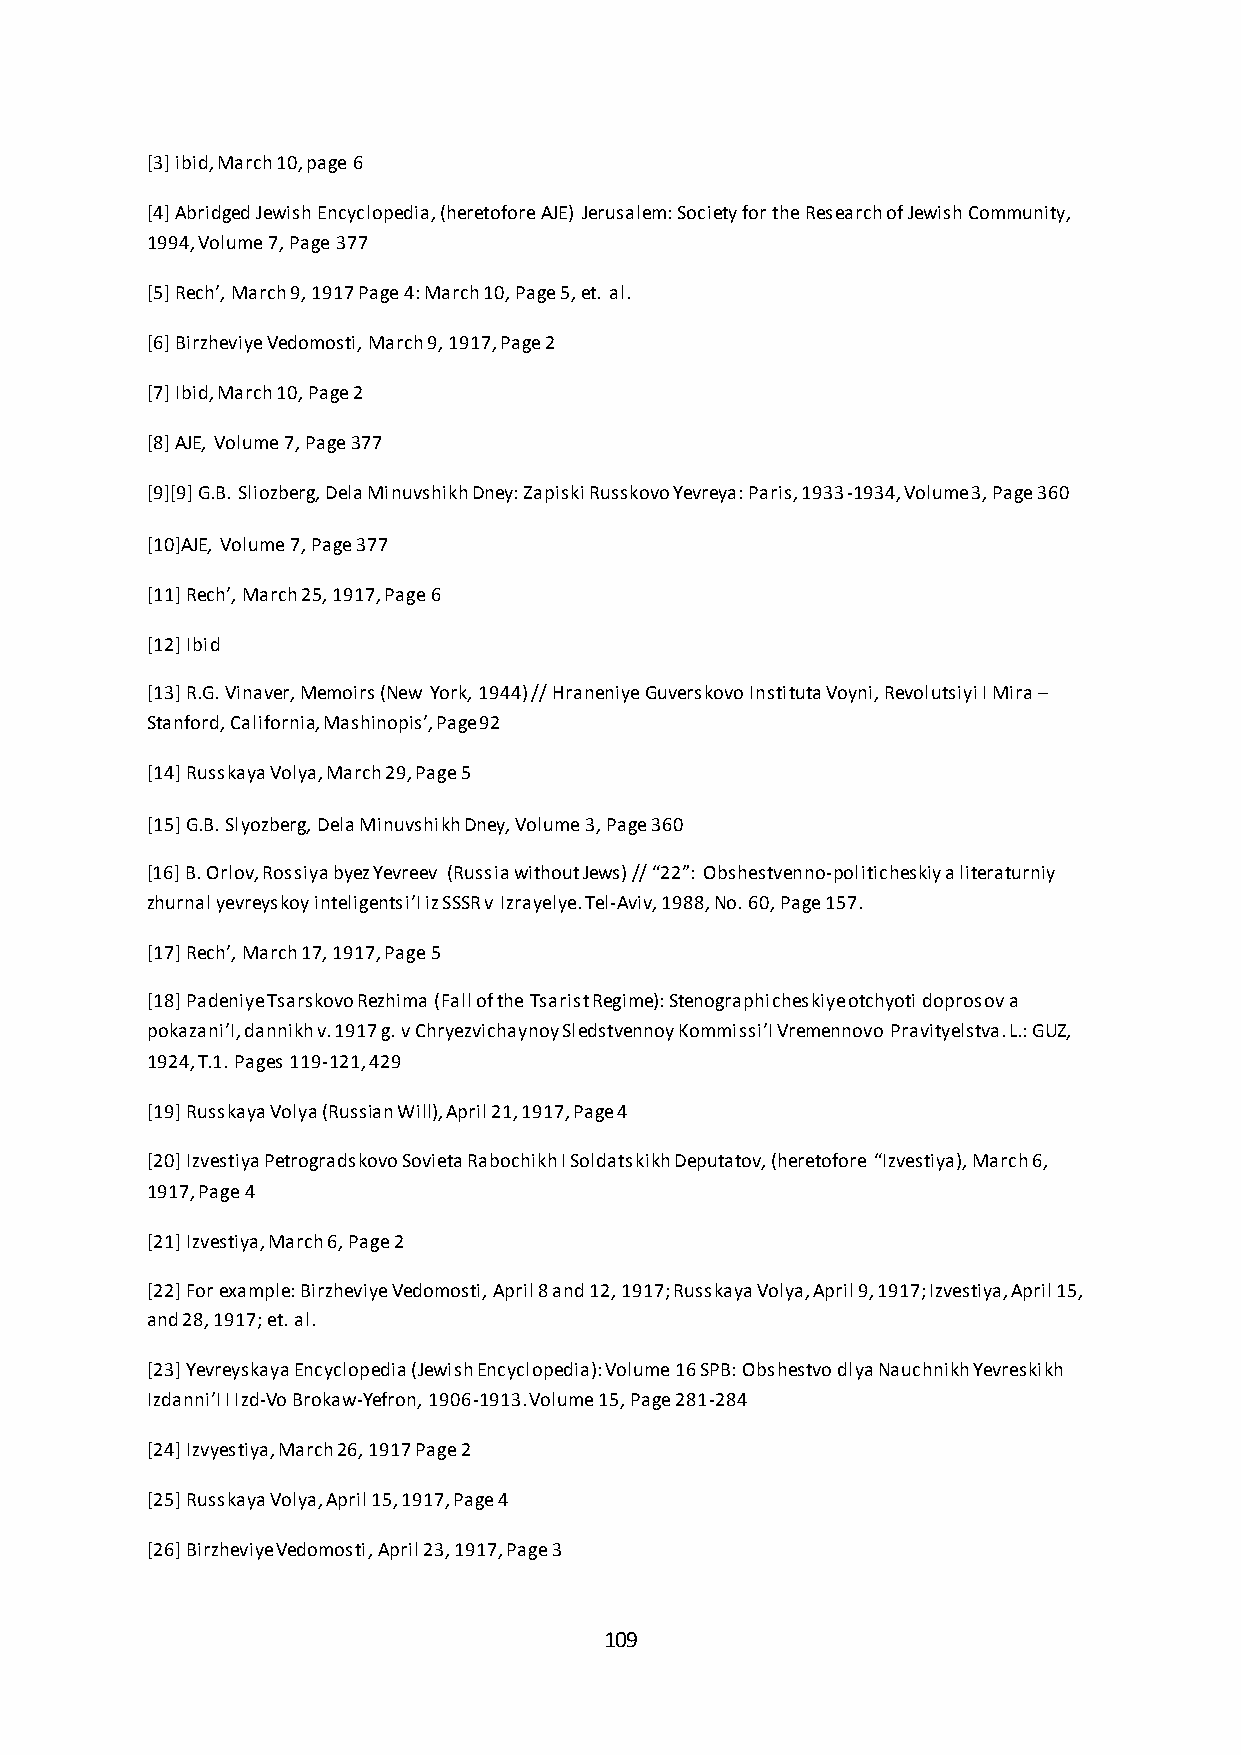
[3] ibid, March 10, page 6
 [4] Abridged Jewish Encyclopedia, (heretofore AJE) Jerusalem: Society for the Research of Jewish Community,
 1994, Volume 7, Page 377
 *5+ Rech’, March 9, 1917 Page 4: March 10, Page 5, et. al.
 [6] Birzheviye Vedomosti, March 9, 1917, Page 2
 [7] Ibid, March 10, Page 2
 [8] AJE, Volume 7, Page 377
 [9][9] G.B. Sliozberg, Dela Minuvshikh Dney: Zapiski Russkovo Yevreya: Paris, 1933-1934, Volume 3, Page 360
 [10]AJE, Volume 7, Page 377
 *11+ Rech’, March 25, 1917, Page 6
 [12] Ibid
 [13] R.G. Vinaver, Memoirs (New York, 1944) // Hraneniye Guverskovo Instituta Voyni, Revolutsiyi I Mira –
 Stanford, California, Mashinopis’, Page 92
 [14] Russkaya Volya, March 29, Page 5
 [15] G.B. Slyozberg, Dela Minuvshikh Dney, Volume 3, Page 360
 *16+ B. Orlov, Rossiya byez Yevreev (Russia without Jews) // “22”: Obshestvenno-politicheskiy a literaturniy
 zhurnal yevreyskoy inteligentsi’I iz SSSR v Izrayelye. Tel-Aviv, 1988, No. 60, Page 157.
 *17+ Rech’, March 17, 1917, Page 5
 [18] Padeniye Tsarskovo Rezhima (Fall of the Tsarist Regime): Stenographicheskiye otchyoti doprosov a
 pokazani’I, dannikh v. 1917 g. v Chryezvichaynoy Sledstvennoy Kommissi’I Vremennovo Pravityelstva. L.: GUZ,
 1924, T.1. Pages 119-121, 429
 [19] Russkaya Volya (Russian Will), April 21, 1917, Page 4
 [20] Izvestiya Petrogradskovo Sovieta Rabochikh I Soldatskikh Deputatov, (heretofore “Izvestiya), March 6,
 1917, Page 4
 [21] Izvestiya, March 6, Page 2
 [22] For example: Birzheviye Vedomosti, April 8 and 12, 1917; Russkaya Volya, April 9, 1917; Izvestiya, April 15,
 and 28, 1917; et. al.
 [23] Yevreyskaya Encyclopedia (Jewish Encyclopedia): Volume 16 SPB: Obshestvo dlya Nauchnikh Yevreskikh
 Izdanni’I I Izd-Vo Brokaw-Yefron, 1906-1913. Volume 15, Page 281-284
 [24] Izvyestiya, March 26, 1917 Page 2
 [25] Russkaya Volya, April 15, 1917, Page 4
 [26] Birzheviye Vedomosti, April 23, 1917, Page 3
 109